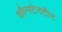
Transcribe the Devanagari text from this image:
कौन्स्टेनटीन